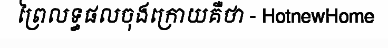
ព្រៃលទ្ធផលចុងក្រោយគឺថា - HotnewHome